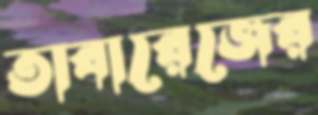
তাবারেজের